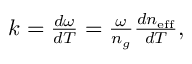
\begin{array} { r } { k = \frac { d \omega } { d T } = \frac { \omega } { n _ { g } } \frac { d n _ { \mathrm { e f f } } } { d T } , } \end{array}